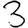
Digit: 3